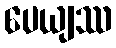
ပေယျဿ